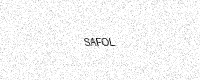
Text: SAFOL